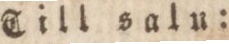
Till saln